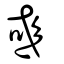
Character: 彧